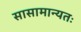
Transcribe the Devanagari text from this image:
सासामान्यतः